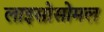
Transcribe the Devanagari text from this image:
लाइसोसोमल